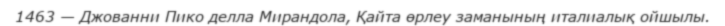
1463 — Джованни Пико делла Мирандола, Қайта өрлеу заманының италиалық ойшылы.